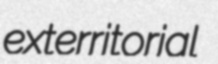
exterritorial